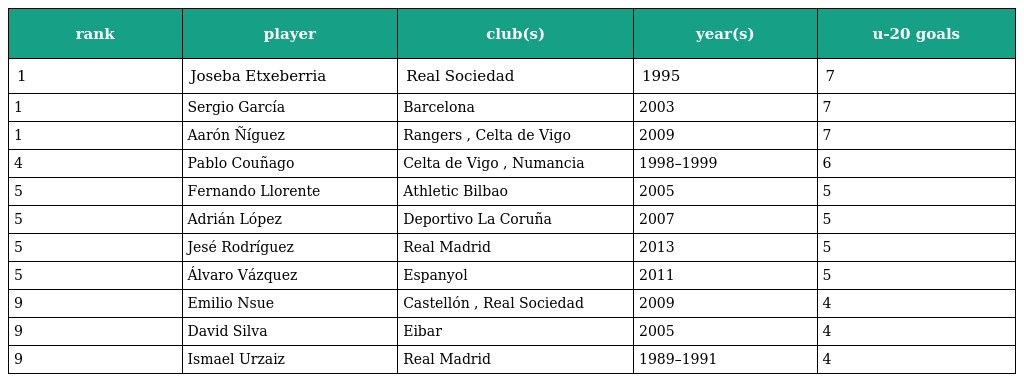
| rank | player | club(s) | year(s) | u-20 goals |
 | --- | --- | --- | --- | --- |
 | 1 | Joseba Etxeberria | Real Sociedad | 1995 | 7 |
 | 1 | Sergio García | Barcelona | 2003 | 7 |
 | 1 | Aarón Ñíguez | Rangers , Celta de Vigo | 2009 | 7 |
 | 4 | Pablo Couñago | Celta de Vigo , Numancia | 1998–1999 | 6 |
 | 5 | Fernando Llorente | Athletic Bilbao | 2005 | 5 |
 | 5 | Adrián López | Deportivo La Coruña | 2007 | 5 |
 | 5 | Jesé Rodríguez | Real Madrid | 2013 | 5 |
 | 5 | Álvaro Vázquez | Espanyol | 2011 | 5 |
 | 9 | Emilio Nsue | Castellón , Real Sociedad | 2009 | 4 |
 | 9 | David Silva | Eibar | 2005 | 4 |
 | 9 | Ismael Urzaiz | Real Madrid | 1989–1991 | 4 |